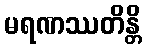
မရဏဿတိန္တိ